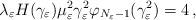
LaTeX: \begin{align*}\lambda_\varepsilon H(\gamma_\varepsilon) \mu_\varepsilon^2 \gamma_\varepsilon^2 \varphi_{N_\varepsilon-1}(\gamma_\varepsilon^2)=4\,,\end{align*}